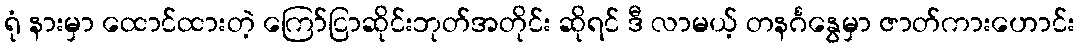
ရုံ နားမှာ ထောင်ထားတဲ့ ကြော်ငြာဆိုင်းဘုတ်အတိုင်း ဆိုရင် ဒီ လာမယ့် တနင်္ဂနွေမှာ ဇာတ်ကားဟောင်း